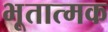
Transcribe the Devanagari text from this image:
भूतात्मक